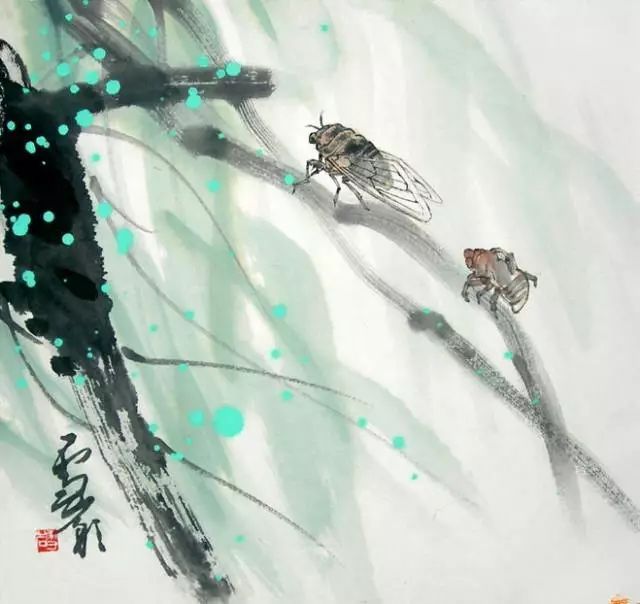
甚独抱清高，顿成凄楚。